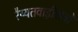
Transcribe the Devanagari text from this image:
रैय्यतवाड़ीक्षेत्रों